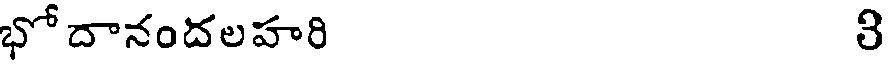
భోదానందలహరి 3